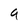
Character: q